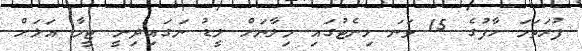
ފުރަތަމަ ހާފުގެ 15 ވަނަ މިނެޓުގައި މިލާނަށް ލީޑު ނަގައިދިނީ ޓީމާ އަލަށް